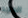
المجد